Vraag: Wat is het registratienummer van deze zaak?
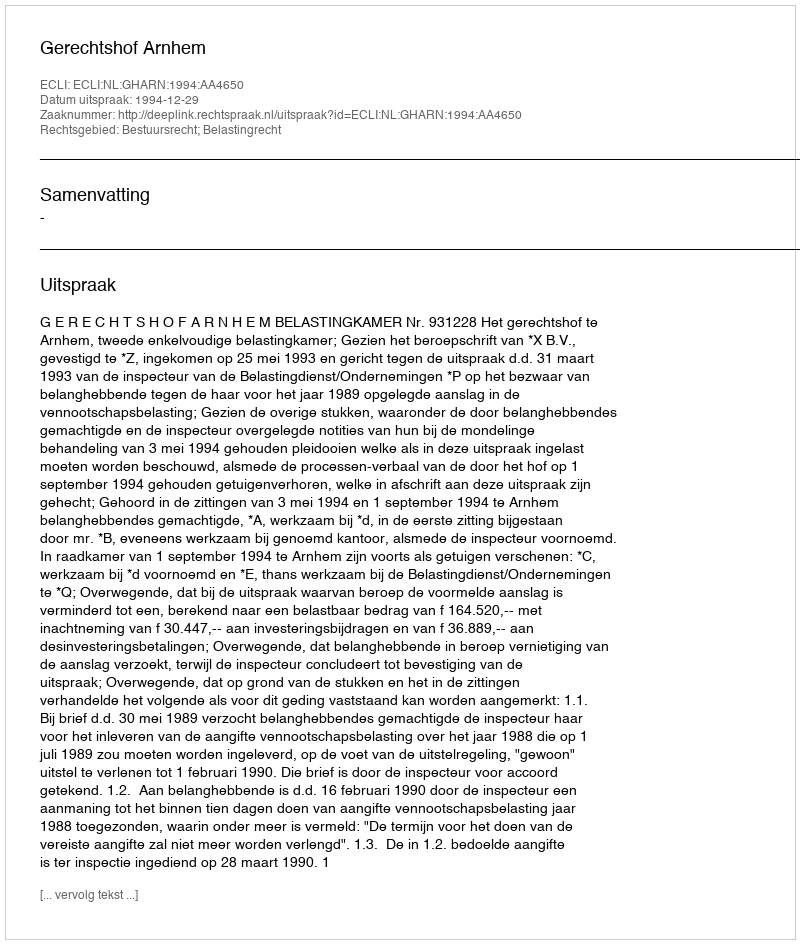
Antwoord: http://deeplink.rechtspraak.nl/uitspraak?id=ECLI:NL:GHARN:1994:AA4650